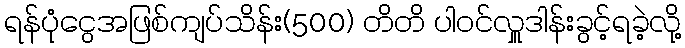
ရန်ပုံငွေအဖြစ်ကျပ်သိန်း(500) တိတိ ပါဝင်လှူဒါန်းခွင့်ရခဲ့လို့